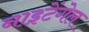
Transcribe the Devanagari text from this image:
नाइटेंगेल